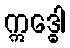
ဣဒ္ဓေါ